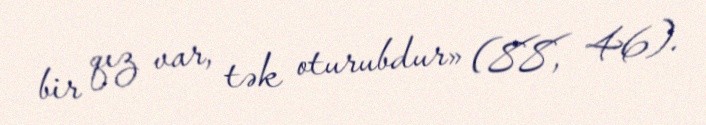
bir qız var, tək oturubdur» (88, 46).